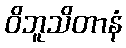
ဝိဘူသိတာနံ